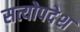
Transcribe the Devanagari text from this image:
सत्योपदेश